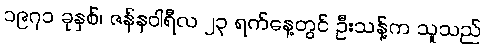
၁၉၇၁ ခုနှစ်၊ ဇန်နဝါရီလ ၂၃ ရက်နေ့တွင် ဦးသန့်က သူသည်